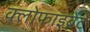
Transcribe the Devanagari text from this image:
क्लोफाइब्रेट